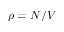
\rho = N / V